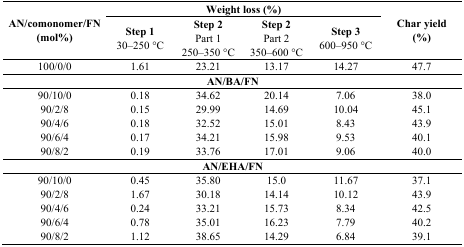
<table><thead><tr><td rowspan="2"><b>AN/comonomer/FN (mol%)</b></td><td colspan="4"><b>Weight loss (%)</b></td><td rowspan="2"><b>Char yield (%)</b></td></tr><tr><td><b>Step 1 30–250 °C</b></td><td><b>Step 2 Part 1 250–350 °C</b></td><td><b>Step 2 Part 2 350–600 °C</b></td><td><b>Step 3 600–950 °C</b></td></tr></thead><tbody><tr><td>100/0/0</td><td>1.61</td><td>23.21</td><td>13.17</td><td>14.27</td><td>47.7</td></tr><tr><td colspan="6"><b>AN/BA/FN</b></td></tr><tr><td>90/10/0</td><td>0.18</td><td>34.62</td><td>20.14</td><td>7.06</td><td>38.0</td></tr><tr><td>90/2/8</td><td>0.15</td><td>29.99</td><td>14.69</td><td>10.04</td><td>45.1</td></tr><tr><td>90/4/6</td><td>0.18</td><td>32.52</td><td>15.01</td><td>8.43</td><td>43.9</td></tr><tr><td>90/6/4</td><td>0.17</td><td>34.21</td><td>15.98</td><td>9.53</td><td>40.1</td></tr><tr><td>90/8/2</td><td>0.19</td><td>33.76</td><td>17.01</td><td>9.06</td><td>40.0</td></tr><tr><td colspan="6"><b>AN/EHA/FN</b></td></tr><tr><td>90/10/0</td><td>0.45</td><td>35.80</td><td>15.0</td><td>11.67</td><td>37.1</td></tr><tr><td>90/2/8</td><td>1.67</td><td>30.18</td><td>14.14</td><td>10.12</td><td>43.9</td></tr><tr><td>90/4/6</td><td>0.24</td><td>33.21</td><td>15.73</td><td>8.34</td><td>42.5</td></tr><tr><td>90/6/4</td><td>0.78</td><td>35.01</td><td>16.23</td><td>7.79</td><td>40.2</td></tr><tr><td>90/8/2</td><td>1.12</td><td>38.65</td><td>14.29</td><td>6.84</td><td>39.1</td></tr></tbody></table>